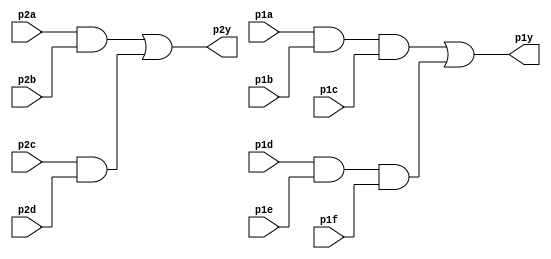
module top_module ( 
    input p1a, p1b, p1c, p1d, p1e, p1f,
    output p1y,
    input p2a, p2b, p2c, p2d,
    output p2y );
    wire t1, t2, t3, t4;
    assign t1 = p2a & p2b;
    assign t2 = p2c & p2d;
    assign t3 = p1a & p1b & p1c;
    assign t4 = p1d & p1e & p1f;
    assign p2y = t1 | t2;
    assign p1y = t3 | t4;

endmodule